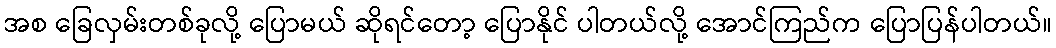
အစ ခြေလှမ်းတစ်ခုလို့ ပြောမယ် ဆိုရင်တော့ ပြောနိုင် ပါတယ်လို့ အောင်ကြည်က ပြောပြန်ပါတယ်။